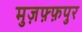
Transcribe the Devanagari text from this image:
मुज़फ़्फ़पुर